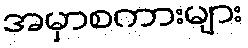
အမှာစကားများ